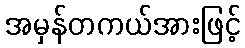
အမှန်တကယ်အားဖြင့်